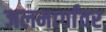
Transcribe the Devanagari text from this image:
जलमार्गांवर